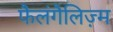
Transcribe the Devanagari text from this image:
फैलंगैलिज़्म